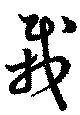
栽